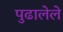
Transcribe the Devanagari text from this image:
पुढालेले